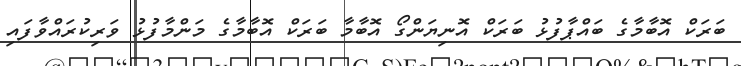
ބަރަކް އޮބާމާގެ ބައްޕާފުޅު ބަރަކް އޮނިޔަންގޯ އޮބާމާ ބަރަކް އޮބާމާގެ މަންމާފުޅު ވަރިކުރައްވާފައި